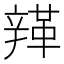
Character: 𨐥